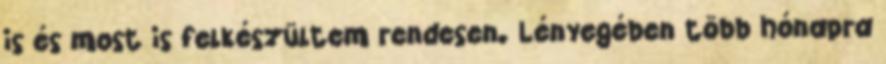
is és most is felkészültem rendesen. Lényegében több hónapra